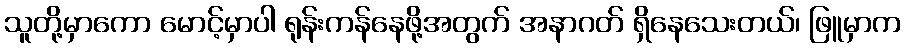
သူတို့မှာကော မောင့်မှာပါ ရုန်းကန်နေဖို့အတွက် အနာဂတ် ရှိနေသေးတယ်၊ ဖြူမှာက